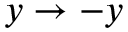
y \rightarrow - y